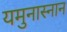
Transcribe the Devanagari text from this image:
यमुनास्नान